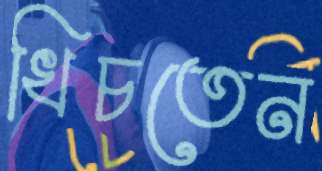
খিচতেন